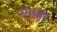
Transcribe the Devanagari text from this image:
माल्ला